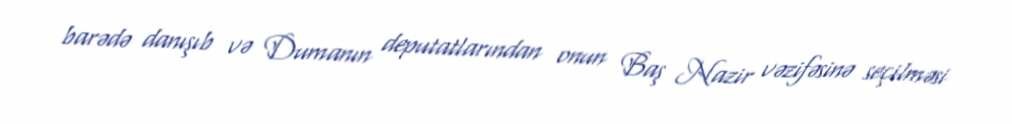
barədə danışıb və Dumanın deputatlarından onun Baş Nazir vəzifəsinə seçilməsi